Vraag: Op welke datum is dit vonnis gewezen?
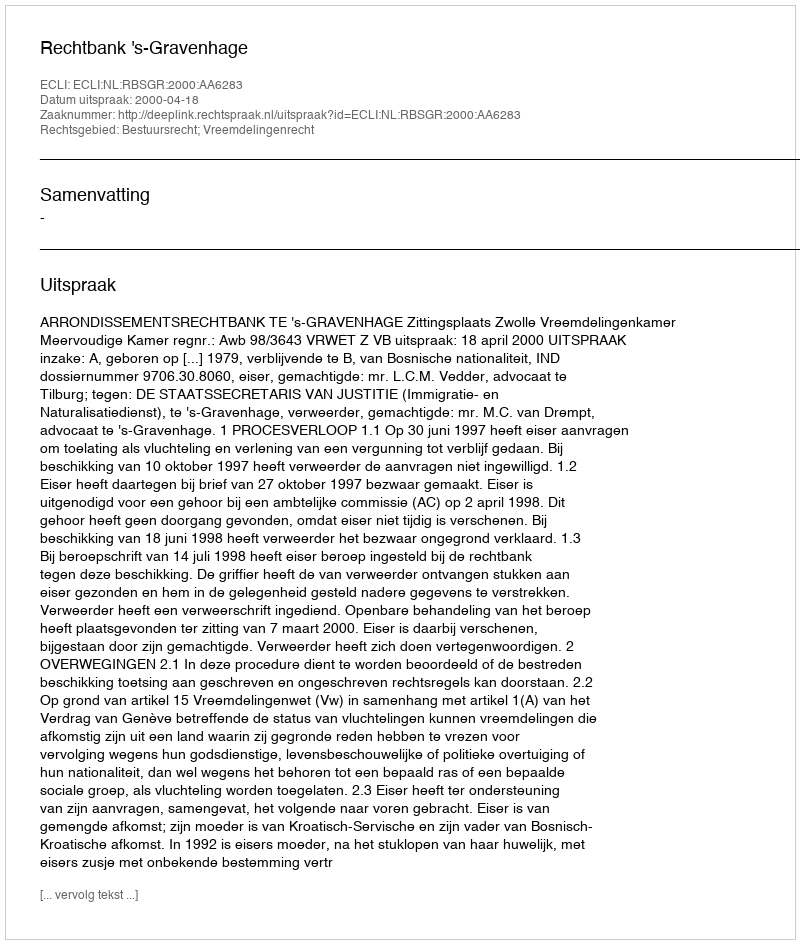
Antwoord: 2000-04-18